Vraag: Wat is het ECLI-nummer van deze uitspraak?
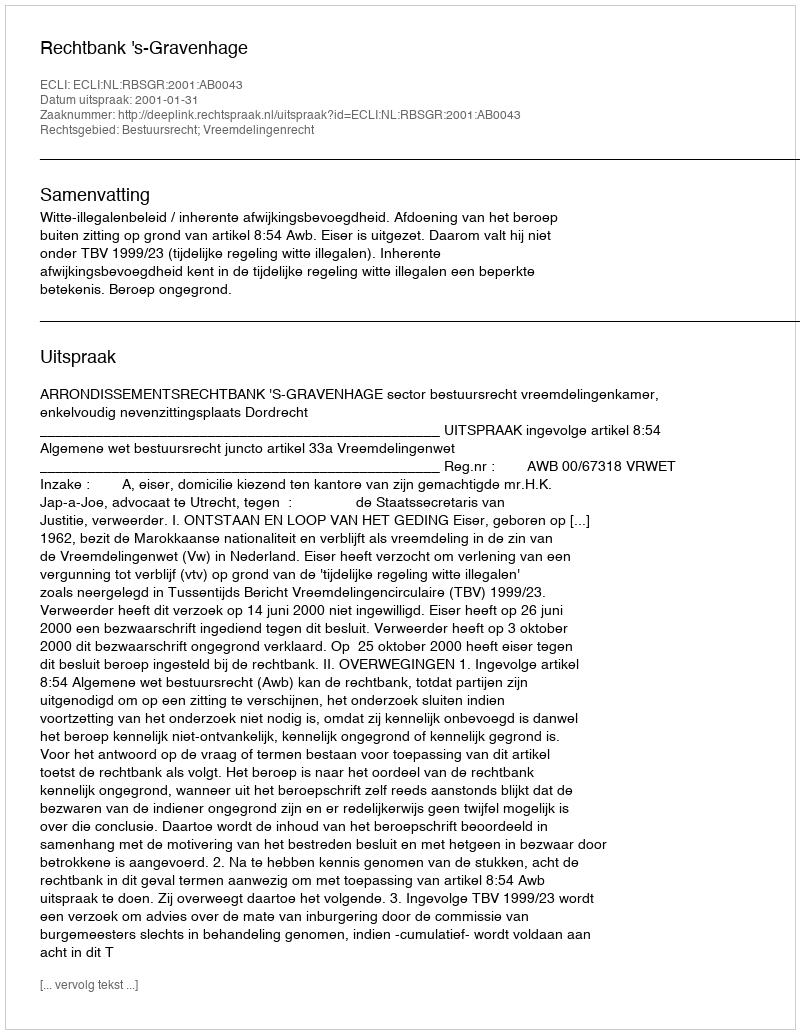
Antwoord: ECLI:NL:RBSGR:2001:AB0043